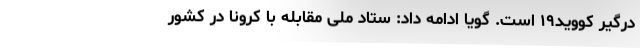
درگیر کووید۱۹ است. گویا ادامه داد: ستاد ملی مقابله با کرونا در کشور